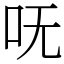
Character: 呒